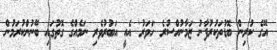
އޭގެ ކުރިން ބޮޑުތަކުރުފާނު ޒަމާނުއްސުރެ 'ހަވަރު' އެއީ އަބުރުވެރި ނަމެއްގެ ގޮތުގައި ބޭނުންކުރަމުން